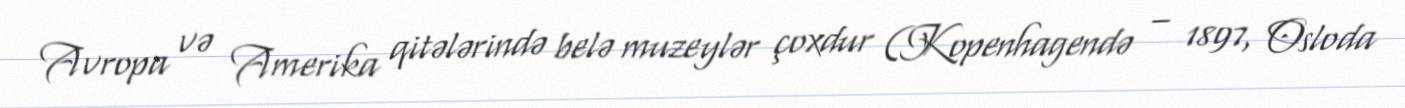
Avropa və Amerika qitələrində belə muzeylər çoxdur (Kopenhagendə – 1897, Osloda